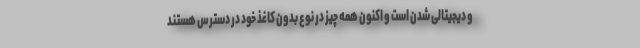
و دیجیتالی شدن است و اکنون همه چیز در نوع بدون کاغذ خود در دسترس هستند